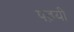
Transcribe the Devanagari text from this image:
पढ़यी